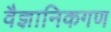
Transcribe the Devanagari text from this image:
वैज्ञानिकगण